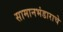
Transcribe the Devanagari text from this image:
सामानभंडाराचे